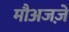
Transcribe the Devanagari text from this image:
मौअजज़े